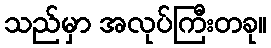
သည်မှာ အလုပ်ကြီးတခု။